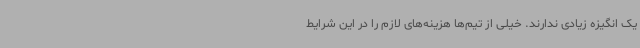
یک انگیزه زیادی ندارند. خیلی از تیم‌ها هزینه‌های لازم را در این شرایط